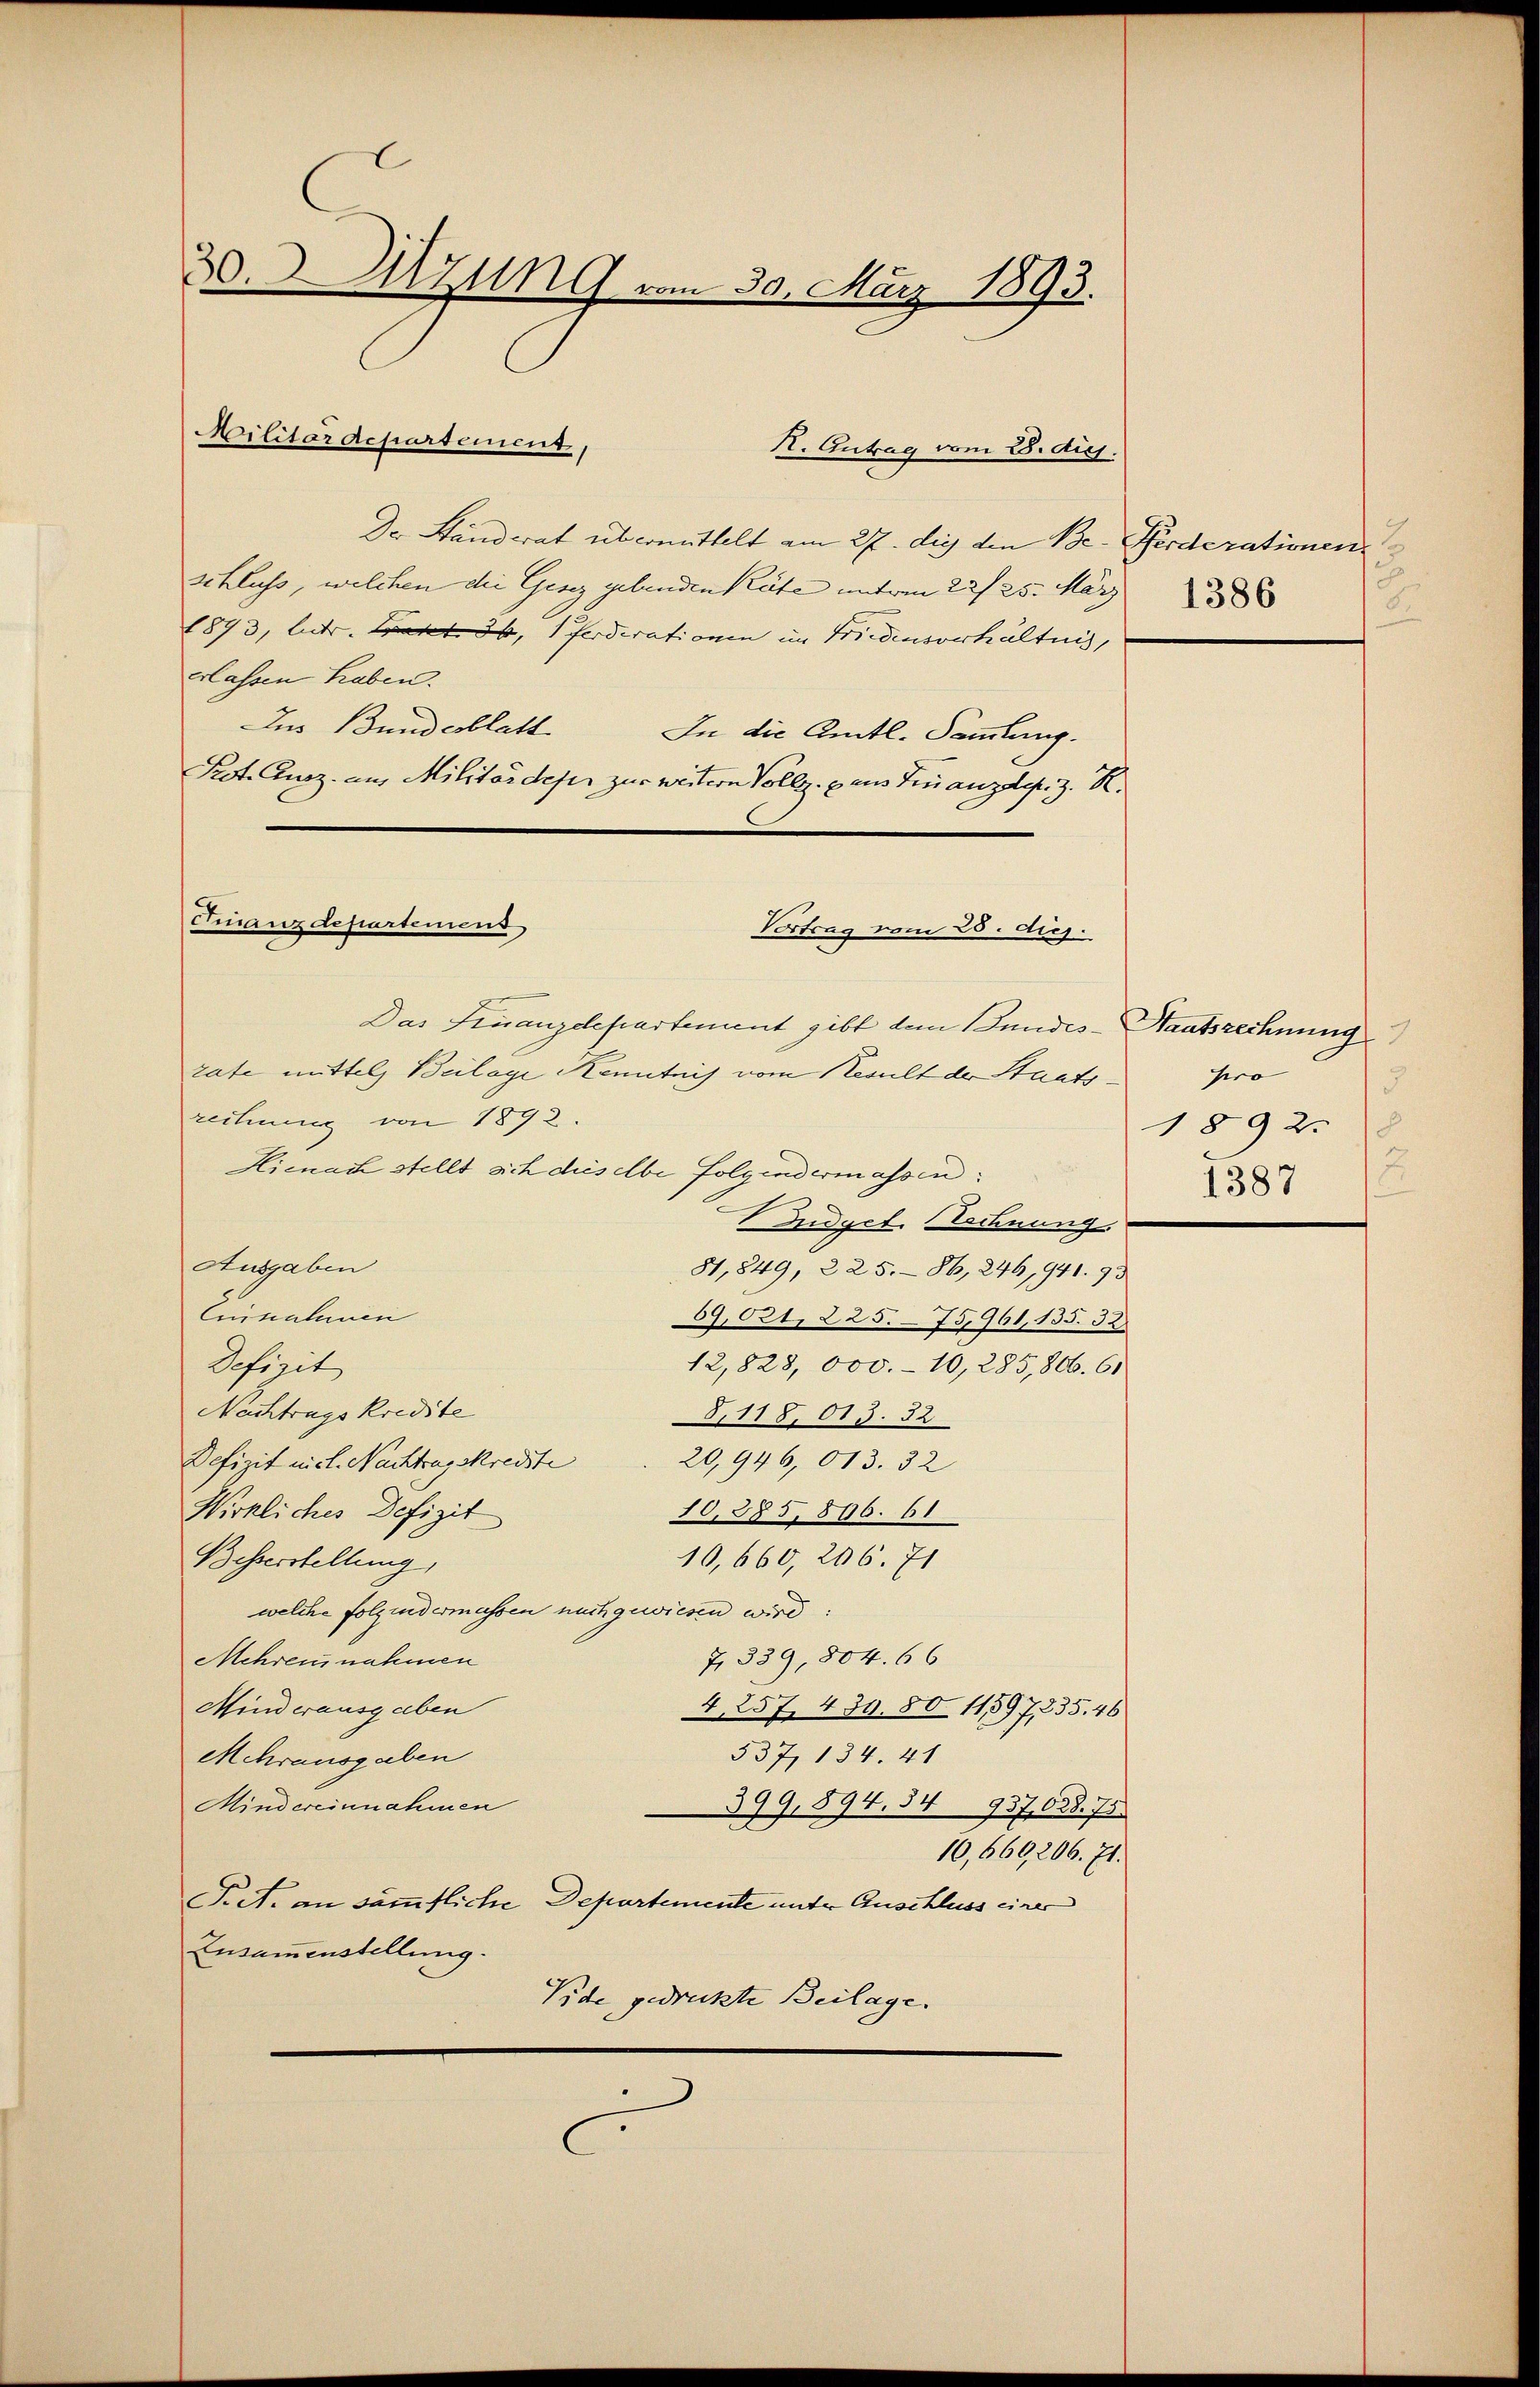
30. d. Ulzung vom 30. März 1893.

Dr Standerat übermittelt am 27. die den Be- Pferderationen,
schluss, welchen die Gesez gebenden Käte unterm 22/25. März
1893, betr. Wart. 36, ferderationen im Friedensverhältnis,
erlassen haben.
Ins Bundesblatt
In die Amtl. Sammlung.
Prot. Ausz. am Militärdeper zur weitern Vollg. pans Finanzdir. z. R.
rechnung von 1892.
Hienach stellt sich dies abe folgendermassen:
Andgel. Stechnung
Ausgaben
81,849, 225.- 86, 246, 941. 93
Eisnahmen
59,02t, 225. 75,961, 135. 32.
Defizit
12,828, 000.- 10, 285,866. 61
Nachtragskredite
8.118, 15. 52
20,946, 013. 32
Defizit nich. Nachtragskreiste
Wirkliches Defizit
10,385, 896. 61
10,660, 206. 71
Besserstellung,
welche folgendermassen nachgewiesen wird:
7, 339, 804. 66
Mehrensnahmen
Minderausgaben
4, 257, 439. 80 11,897, 235. 46
537, 134. 41
Mehrausgaben
Mindereinnahmen
399, 894. 54 937,628. 75.
10,669,206. 71.
Piet. an sämmtliche Departemente unter Anschluss einer
Zusammenstellung.
Vide gedruckte Beilage.

Militärdepartement,

Finanzdepartemend

K. Antrag vom 8. ds.

rate mittels Beilage Kenntnis vom Result der Staats¬

Das Finanzdepartement gibt dem Bundes-Staatsrechnung

Vortrag vom 28. ds.

1386
6.

pro
3
1892
1387